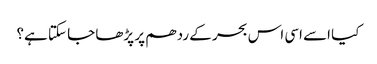
کیا اسے اسی اس بحر کے ردھم پر پڑھا جا سکتا ہے؟